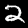
Digit: 2